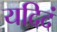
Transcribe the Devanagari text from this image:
यदिदं